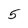
Character: 5